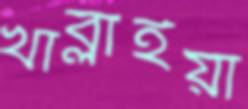
খাব্‌লাইয়া